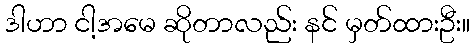
ဒါဟာ ငါ့အမေ ဆိုတာလည်း နင် မှတ်ထားဦး။